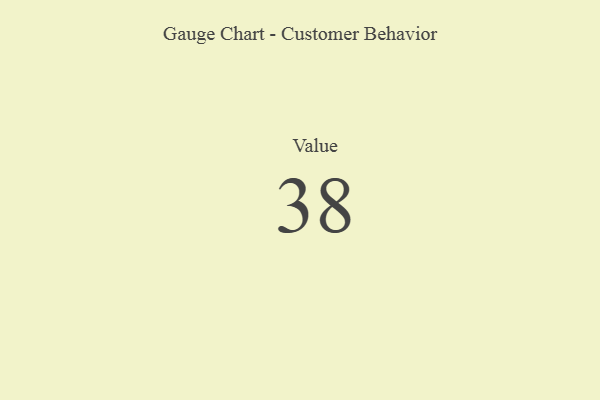
{"axis": {"x": "Metric", "y": "Value"}, "legend": [""], "data": [{"x": "Value", "y": 38, "type": ""}]}